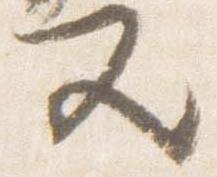
又